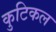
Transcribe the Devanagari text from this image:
कुटिकल